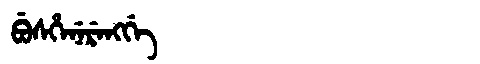
Manchu: ᠪᡠᠰᡥᡝᠨᡝᡵᡝᠩᡤᡝ
Romanization: BUSHENERENGGE